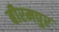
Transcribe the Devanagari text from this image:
बीरमपुर